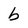
Character: b